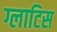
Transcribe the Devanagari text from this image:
ग्लाटिस